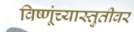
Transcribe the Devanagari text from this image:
विष्णूंच्यास्तुतीवर